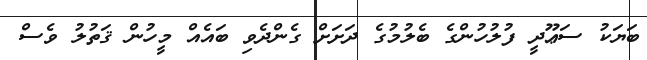
ބަޔަކު ސަޢޫދީ ފުލުހުންގެ ބެލުމުގެ ދަށަށް ގެންދެވި ބައެއް މީހުން ޤަތުލު ވެސް